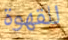
للقهوة